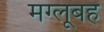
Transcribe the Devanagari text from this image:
मग्लूबह